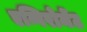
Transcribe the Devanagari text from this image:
एन्विरोमेंट